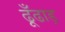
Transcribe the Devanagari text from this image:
ढूँढाड़